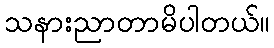
သနားညာတာမိပါတယ်။